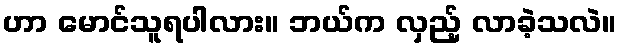
ဟာ မောင်သူရပါလား။ ဘယ်က လှည့် လာခဲ့သလဲ။